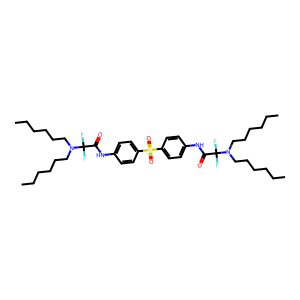
SMILES: CCCCCCN(CCCCCC)C(F)(F)C(=O)Nc1ccc(S(=O)(=O)c2ccc(NC(=O)C(F)(F)N(CCCCCC)CCCCCC)cc2)cc1
Inhibits HIV replication: No